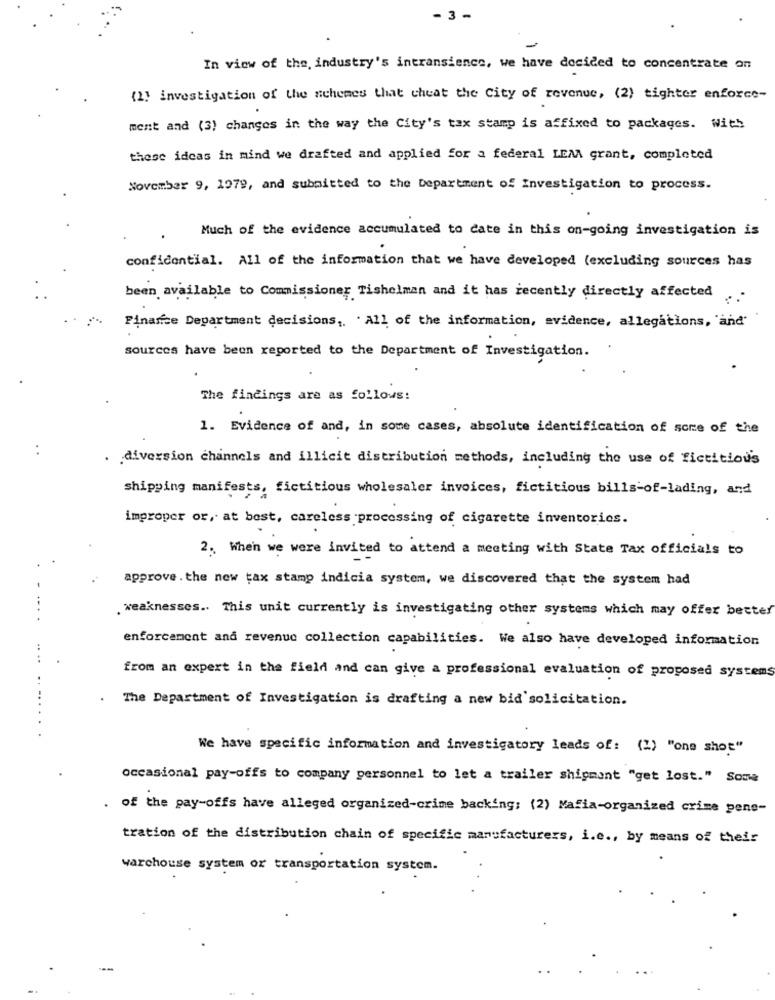
- 3 -
In view of the, industry's intransience, we have decided to concentrate on
(2) investigation of the schemes that cheat the City of revenue, (2) tighter enforce-
ment and (3) changes in the way the City's tax stamp is affixed to packages. With
these ideas in mind we drafted and applied for a federal LEM grant, completed
November 9, 1979, and submitted to the Department of Investigation to process.
Much of the evidence accumulated to cate in this on-going investigation is
confidential. All of the information that we have developed (excluding sources has
been available to Commissioner Tishelman and it has recently directly affected
Finance Department decisions ,. . All of the information, evidence, allegations, 'and'
sources have been reported to the Department of Investigation.
The findings are as follows:
1. Evidence of and, in some cases, absolute identification of sore of the
. .
. . diversion channels and illicit distribution methods, including the use of fictitious
shipping manifests, fictitious wholesaler invoices, fictitious bills-of-lading, and
improper or, at best, careless processing of cigarette inventories.
2. When we were invited to attend a meeting with State Tax officials to
approve . the new tax stamp indicia system, we discovered that the system had
. weaknesses .. This unit currently is investigating other systems which may offer better
enforcement and revenue collection capabilities. We also have developed information
from an expert in the field and can give a professional evaluation of proposed systems
. The Department of Investigation is drafting a new bid solicitation.
We have specific information and investigatory leads of: (1) "one shot"
occasional pay-offs to company personnel to let a trailer shipment "get lost." Some
. of the pay-offs have alleged organized-crime backing: (2) Mafia-organized crime pens-
tration of the distribution chain of specific manufacturers, i.e ., by means of their
warchouse system or transportation system.